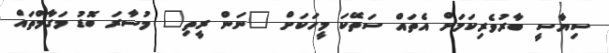
ސިޔާސީ ބާރުވެރިކަމަށް އެތައް ސަތޭކަ މީހަކަށް "ނަން ރީތި" މުސާރަ ބޮޑު މަގާމްތައް